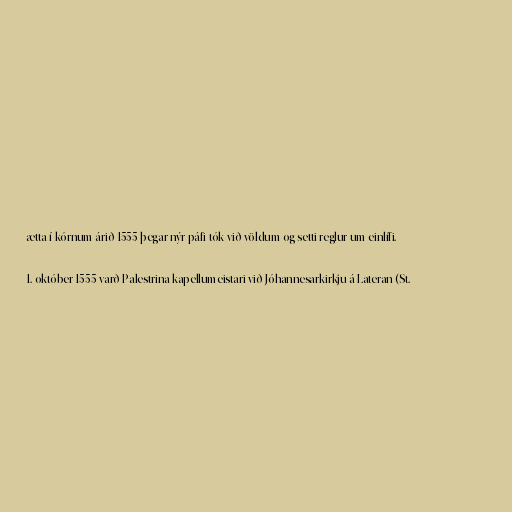
ætta í kórnum árið 1555 þegar nýr páfi tók við völdum og setti reglur um einlífi.

1. október 1555 varð Palestrina kapellumeistari við Jóhannesarkirkju á Lateran (St.